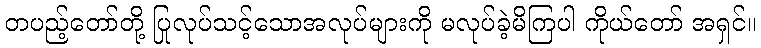
တပည့်တော်တို့ ပြုလုပ်သင့်သောအလုပ်များကို မလုပ်ခဲ့မိကြပါ ကိုယ်တော် အရှင်။